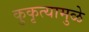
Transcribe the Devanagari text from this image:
कुकृत्यामुळे